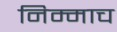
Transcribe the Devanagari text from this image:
निम्माच